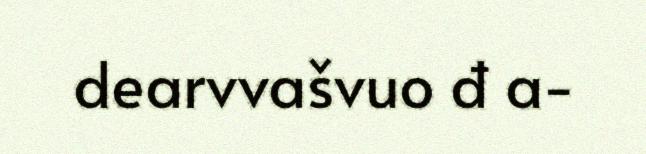
dearvvašvuo đ a-